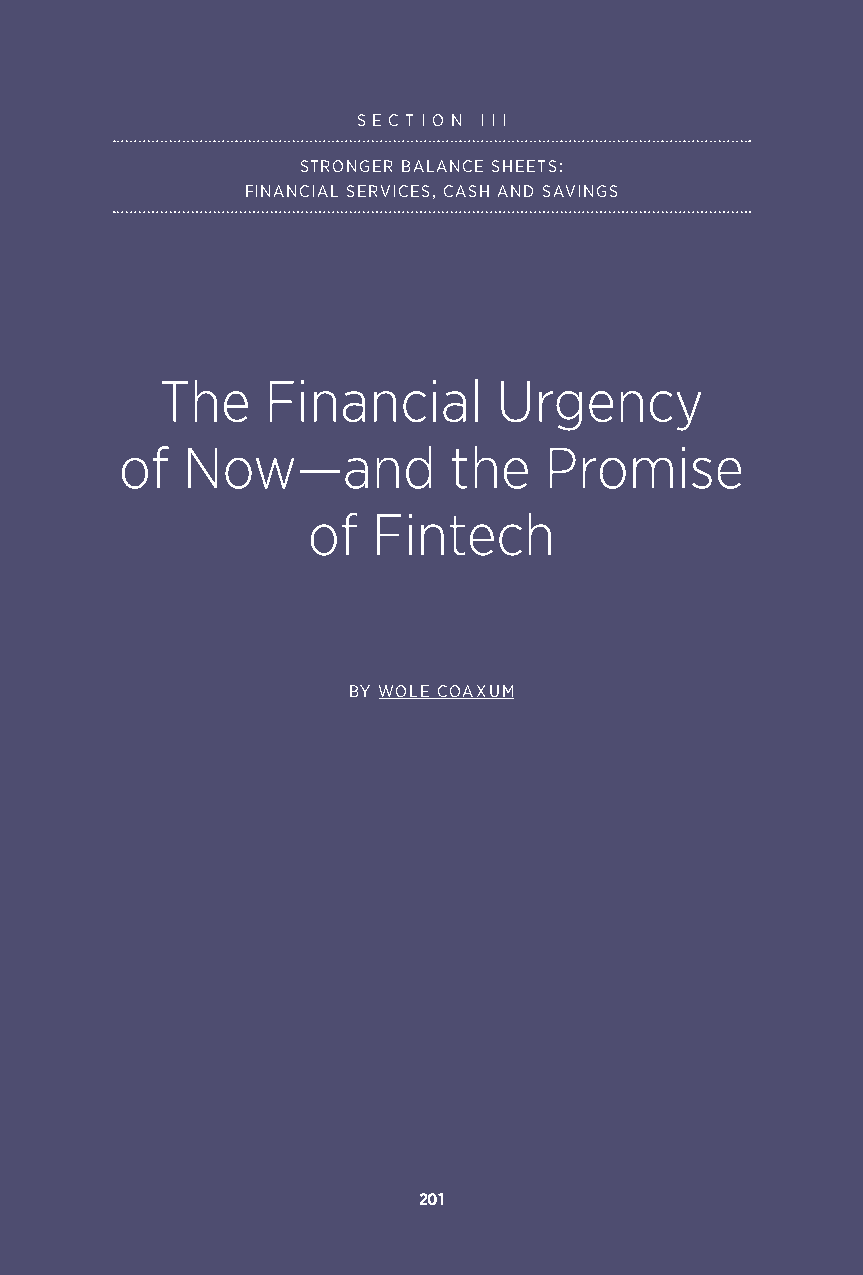
S E C T I O N I I I
 STRONGER BALANCE SHEETS:
 FINANCIAL SERVICES, CASH AND SAVINGS
 The   Financial       Urgency
 of  Now—and           the   Promise
 of   Fintech
 BY WOLE COAXUM
 201